Lunatic asylums Madras 1892-1911 - 1892-1911
Year: 1892
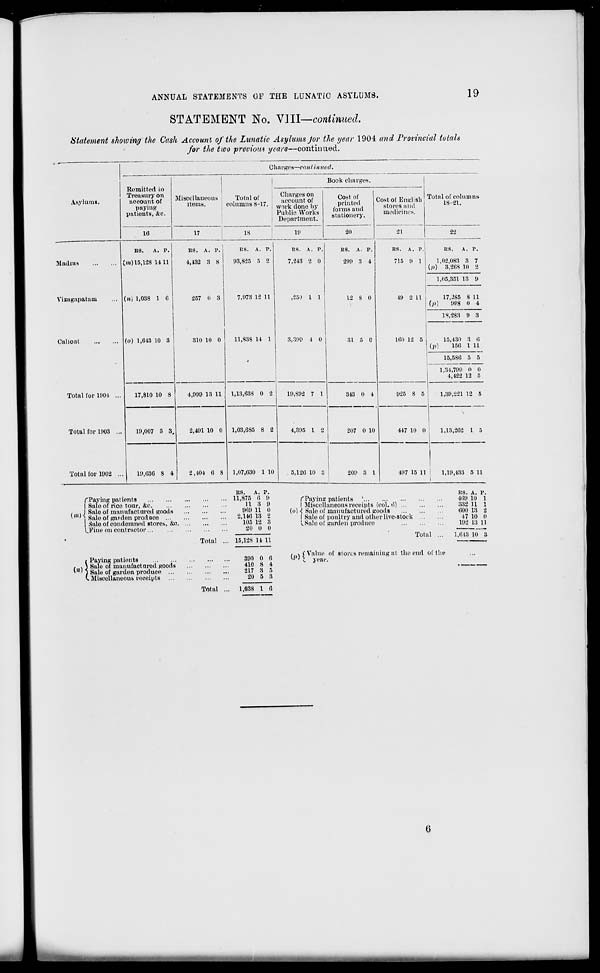
ANNUAL STATEMENTS OP THE LUNATIC ASYLUMS.
19
STATEMENT No. VIII—continued.
Statement showing the Cash Account of the Lunatic Asylums Jor the year 1904 and Provincial totals
for the two previous years—continued.
Asylums.
Madras
Vizagapatam
Calicut
Total for 1902
Charges—continued.
Remitted to
Treasury on
account of
paying
patients, &c.
16
Book charges.
Miscellaneous ;
Total of
items.
columns 8-17.
Charges on
account of
work done by
Public Works
Department.
17
18
lit
Cost of
printed
forms and
stationery.
20
Cost of English Total of columns
stores and
l8 " 8U
modicincs.
21
22
RS.
A. P.
(m) 15,128 1411
(n) 1,038 1 6
(o) 1,643 10 3
RS. A. P.
4,432 3 8
257 0 3
1
310 10 0
Total for 1004 ...
Total for 1003 ...
17,810 10 8
4,099 13 11
19,007 3 3,
19,030 8 4
2,491 10 0
RS. A. P.
93,825 5 2
7,973 12 11
11,838 14 1
1,13,638 0 2
1,03,685 8 2
("Paying patients
I Sale of rice tour, &e.
/ . I Sale of manufactured goods
* ' | Sale of ga> den prod uce ...
I Sale of condemned stores, &o,
l.'Fine on contractor
r Paying patients
/ ,) Sale of manufactured goods
' ' I Sale of garden produce ...
v. Miscellaneous receipts ...
Total
Total
RS.
A. p.
11,875 (! 9
11 3 9
5)61) 11 0
2,14(5 13 2
105 12 3
20 0 0
15,128 U 11
390 0 6
410 8 4
217 3 5
20 5 8
1,038 I 6
RS. A. P.
7,243 2 0
,251) L 1
3,399 1 0
19,892 7 1
RS. A. P.
299 3 4
12 s 0
31 5 0
RS. A. P.
715 9 1
49 2 11
RS.
A. P.
1,02,083 3 7
(/J)
3,268 10 2
160 12 5
343 0 4
4,395 1 2
1,05,351 3 9
17,285
(/))
998
8 11
0 4
is,'>s:i 9 3
15,430
(p)
156
3
1
6
11
15,586 5 5
1,34,799
4,422
0
12
0
5
1,39,221 12 5
207 0 10
2,404 0 8 1,07,630 1 10
5,126 10
209 3 1
417 10 0 ,
1,13,202 1 5
407 15 11
1,19,433 5 11
("Paying patients '
I Miscellaneous receipts (col. 6) ...
{<>) <! Sale of manufactured (roods
I Sale of poultry and other live-stock
I, Sale of garden produce
Total
/ ^ C Value of storis remaining sit the end of the
w ' I year.
us. A. p.
469 10 1
332 11 1
000 13 2
47 10 0
192 13 11
1,013 10 3
0